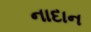
નાદાન